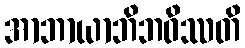
အာဘာယာဘိဘဝိဿတိ